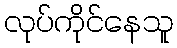
လုပ်ကိုင်နေသူ